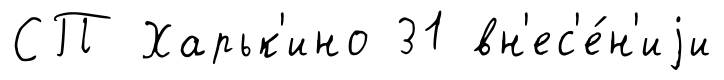
СП Харьк'ино 31 вн'ес'е́н'иjи